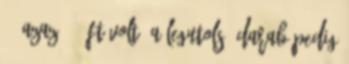
$, azaz 930 Ft volt. A legutolsó darab pedig